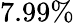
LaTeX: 7.99\%